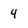
Character: 4